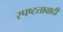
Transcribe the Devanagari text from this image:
स्पष्टतावादी